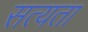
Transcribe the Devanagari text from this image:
सत्‍यता